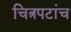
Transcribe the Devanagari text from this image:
चित्रपटांच